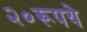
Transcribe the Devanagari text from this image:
२०रूपये